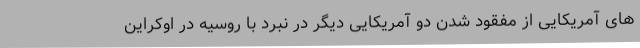
های آمریکایی از مفقود شدن دو آمریکایی دیگر در نبرد با روسیه در اوکراین